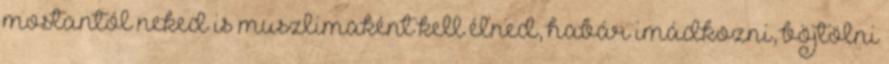
mostantól neked is muszlimaként kell élned, habár imádkozni, böjtölni